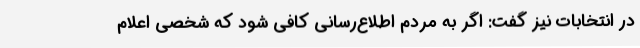
در انتخابات نیز گفت: اگر به مردم اطلاع‌رسانی کافی شود که شخصی اعلام